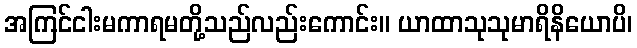
အကြင်ငါးမကာရမတို့သည်လည်းကောင်း။ ယာထာသုသုမာရိနိယောပိ၊